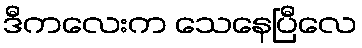
ဒီကလေးက သေနေပြီလေ